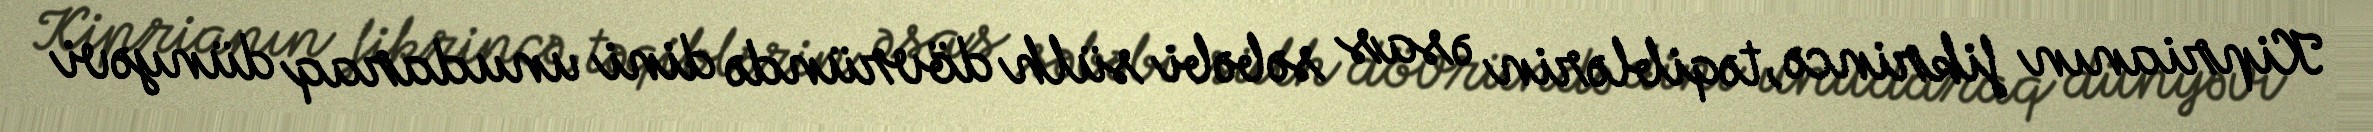
Kiprianın fikrincə, təqiblərin əsas səbəbi sülh dövründə dini unudaraq dünyəvi